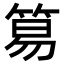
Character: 𥮬